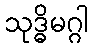
သုဒ္ဓိမဂ္ဂါ